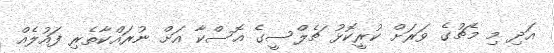
އަދި މި މެޗުގެ ވަރަށް ކުރީކޮޅު ޗެލްސީގެ އޮސްކާ އަށް ނުރައްކާތެރި ފައުލެއް